65_HS1-834228961_62-HQ-83894_Section_9
Agency: FBI
Page 288
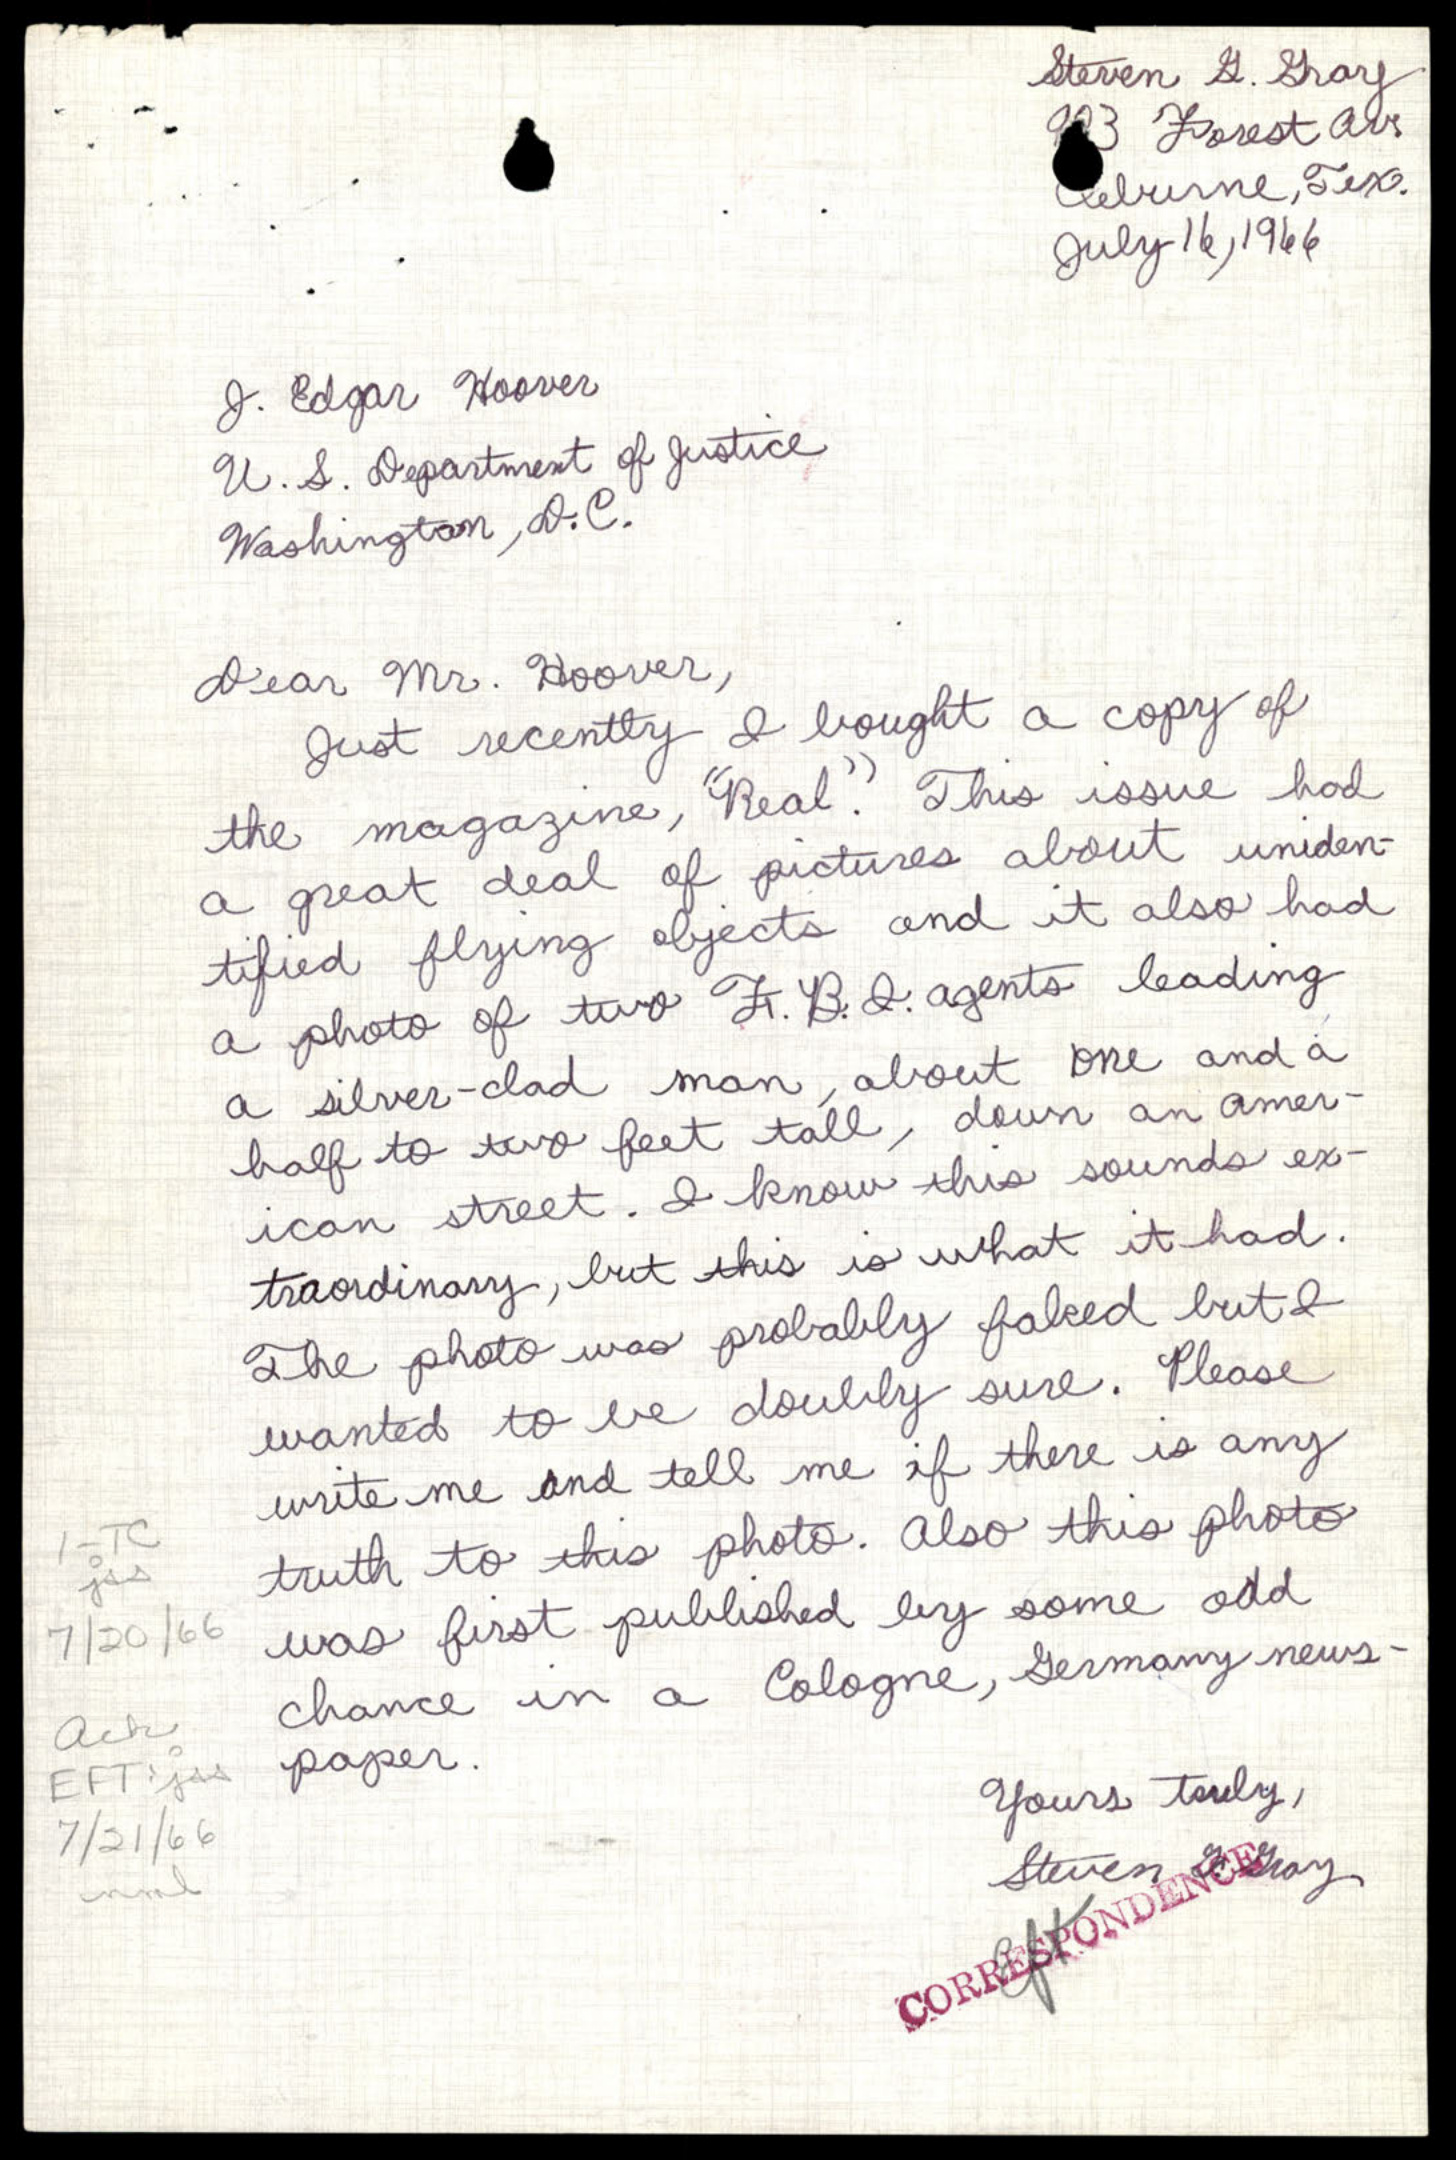